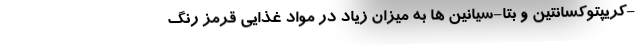
-کریپتوکسانتین و بتا-سیانین ها به میزان زیاد در مواد غذایی قرمز رنگ